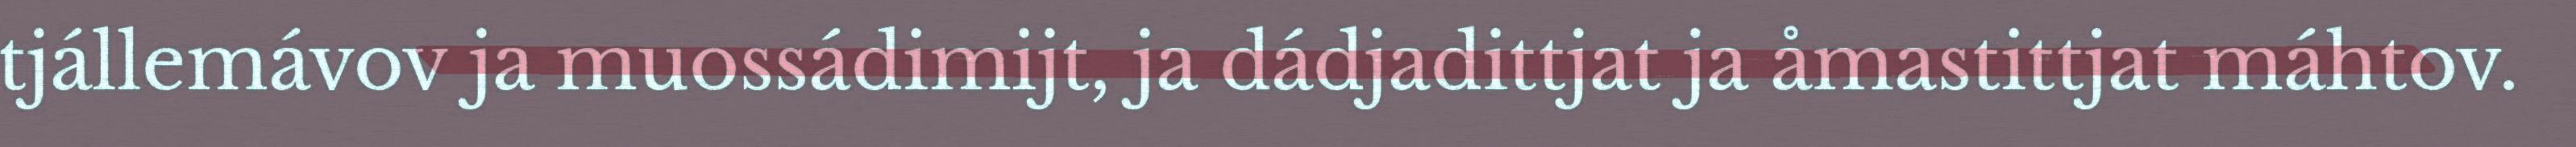
tjállemávov ja muossádimijt, ja dádjadittjat ja åmastittjat máhtov.